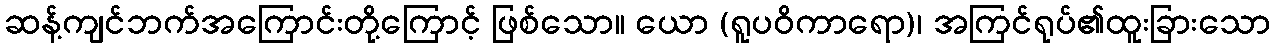
ဆန့်ကျင်ဘက်အကြောင်းတို့ကြောင့် ဖြစ်သော။ ယော (ရူပဝိကာရော)၊ အကြင်ရုပ်၏ထူးခြားသော